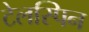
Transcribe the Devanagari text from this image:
टेलस्पिन